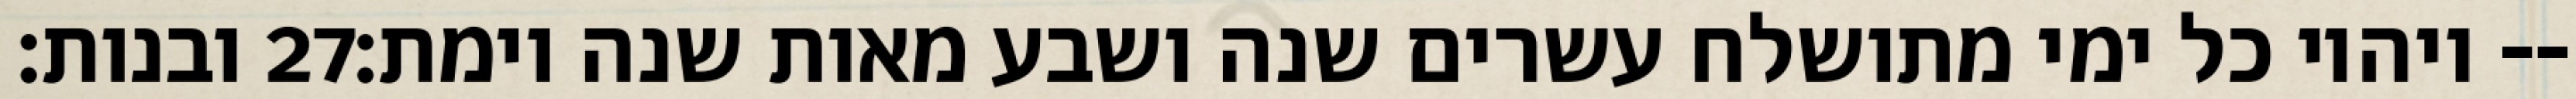
ובנות׃ ‎27‏ ויהיו כל ימי מתושלח עשרים שנה ושבע מאות שנה וימת׃--